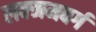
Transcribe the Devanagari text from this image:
लक्जमवर्ग